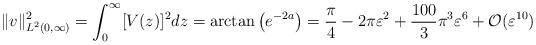
LaTeX: \begin{align*}\| v \|^2_{L^2(0,\infty)} = \int_0^{\infty} [V(z)]^2 dz = \arctan\left( e^{-2a} \right)= \frac{\pi}{4} - 2 \pi \varepsilon^2 + \frac{100}{3} \pi^3 \varepsilon^6 + \mathcal{O}(\varepsilon^{10})\end{align*}